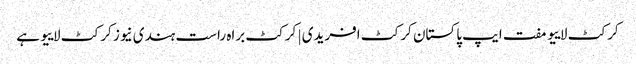
کرکٹ لاییو مفت ایپ پاکستان کرکٹ افریدی | کرکٹ براہ راست ہندی نیوز کرکٹ لاییو ہے